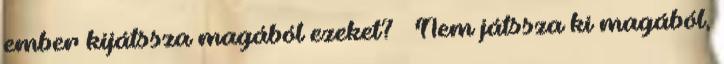
ember kijátssza magából ezeket? – Nem játssza ki magából,